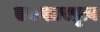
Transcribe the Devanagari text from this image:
एकशास्तृत्व